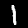
Digit: 1